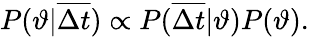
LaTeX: P(\vartheta|\overline{{\Delta t}})\propto P(\overline{{\Delta t}}|\vartheta)P(\vartheta).